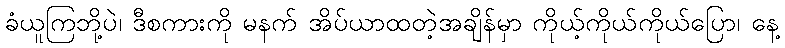
ခံယူကြဘို့ပဲ၊ ဒီစကားကို မနက် အိပ်ယာထတဲ့အချိန်မှာ ကိုယ့်ကိုယ်ကိုယ်ပြော၊ နေ့